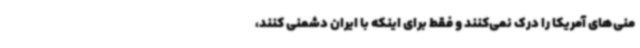
منی‌های آمریکا را درک نمی‌کنند و فقط برای اینکه با ایران دشمنی کنند،